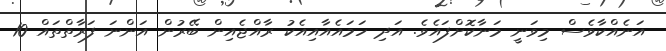
އަނެއްކާވެސް މިވަނީ މަނާކޮށްފައެވެ. އަދި ހަމައެއާއިއެކު ރާއްޖެއިން ބޭރުން އަންނަ ފަރާތްތައް 10